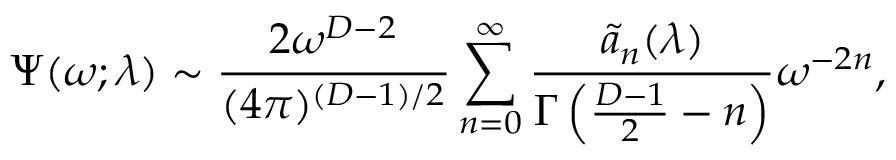
\Psi ( \omega ; \lambda ) \sim { \frac { 2 \omega ^ { D - 2 } } { ( 4 \pi ) ^ { ( D - 1 ) / 2 } } } \sum _ { n = 0 } ^ { \infty } { \frac { \tilde { a } _ { n } ( \lambda ) } { \Gamma \left( { \frac { D - 1 } { 2 } } - n \right) } } \omega ^ { - 2 n } ,